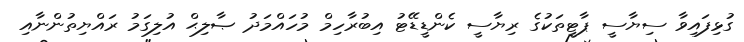
ގުޅިފައިވާ ސިޔާސީ ޕާޓީތަކުގެ ރިޔާސީ ކެންޑީޑޭޓު އިބުރާހިމް މުހައްމަދު ޞާލިޙް އުލިގަމު ރައްޔިތުންނާއި